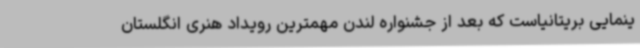
ینمایی بریتانیاست که بعد از جشنواره لندن مهمترین رویداد هنری انگلستان